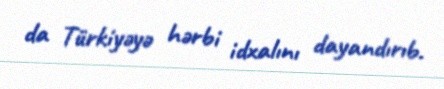
da Türkiyəyə hərbi idxalını dayandırıb.